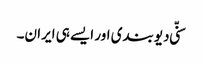
سنّی دیوبندی اور ایسے ہی ایران۔